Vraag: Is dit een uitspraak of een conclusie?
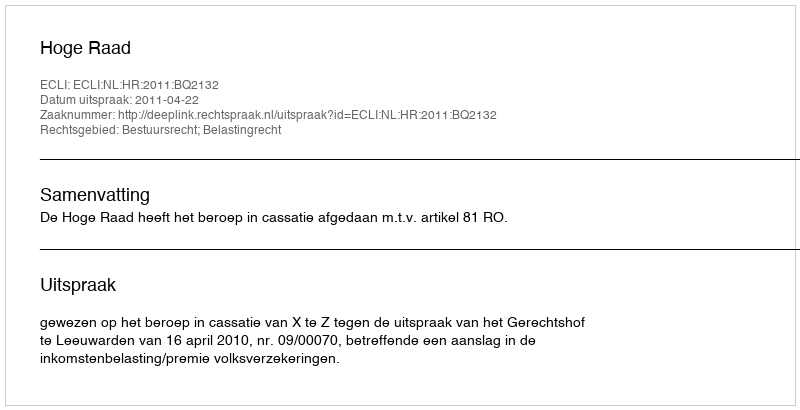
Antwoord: Uitspraak